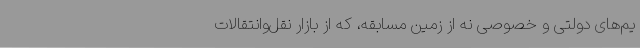
یم‌های دولتی و خصوصی نه از زمین مسابقه، که از بازار نقل‌وانتقالات